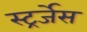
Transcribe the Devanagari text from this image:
स्ट्रर्जेस